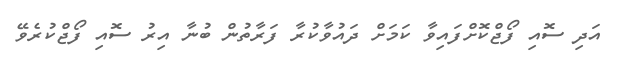
އަދި ސޮއި ފޯޖްކޮށްފައިވާ ކަމަށް ދައުވާކުރާ ފަރާތުން ބުނާ އިރު ސޮއި ފޯޖްކުރެވޭ